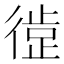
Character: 𪫘